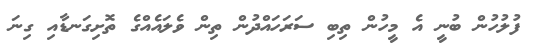
ފުލުހުން ބުނީ އެ މީހުން ތިބި ސަރަހައްދުން ތިން ވެލައެއްގެ ތޮށިގަނޑާއި ގިނަ